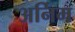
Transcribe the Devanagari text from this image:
अर्निम